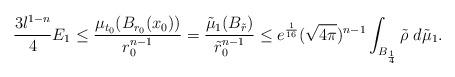
LaTeX: \begin{align*}\frac{3l^{1-n}}{4} E_1 \leq \frac{\mu_{t_0} (B_{r_0}(x_0) )}{r_0^{n-1}} = \frac{\tilde{\mu}_1(B_{\tilde{r}})}{\tilde{r}^{n-1}_0} \leq e^{\frac{1}{16}}(\sqrt{4\pi})^{n-1} \int_{B_{\frac14}} \tilde{\rho} \ d \tilde{\mu}_1. \end{align*}